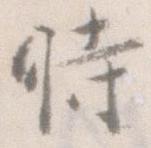
時